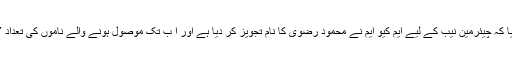
انہوں نے بتایا کہ چیئرمین نیب کے لیے ایم کیو ایم نے محمود رضوی کا نام تجویز کر دیا ہے اور ا ب تک موصول ہونے والے ناموں کی تعداد 7 ہوگئی ہے۔